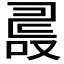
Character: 𠭵